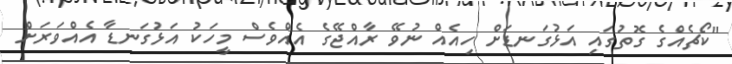
"ކޯޗެއްގެ ގޮތުގައި އަޅުގަނޑަށް ހިއެއް ނުވޭ ރާއްޖޭގެ އެއްވެސް މީހަކު އަޅުގަނޑާ އެއްވަރަށް